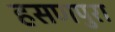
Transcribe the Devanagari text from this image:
हसणपुरा